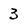
Character: 3